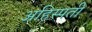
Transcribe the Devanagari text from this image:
अहिस्पती